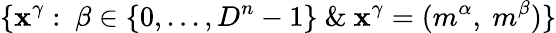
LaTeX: \{ \mathbf{x}^{\gamma}:~\beta\in\{ 0,...,D^{n}-1\} ~\& ~\mathbf{x}^{\gamma}=(m^{\alpha},~m^{\beta})\}